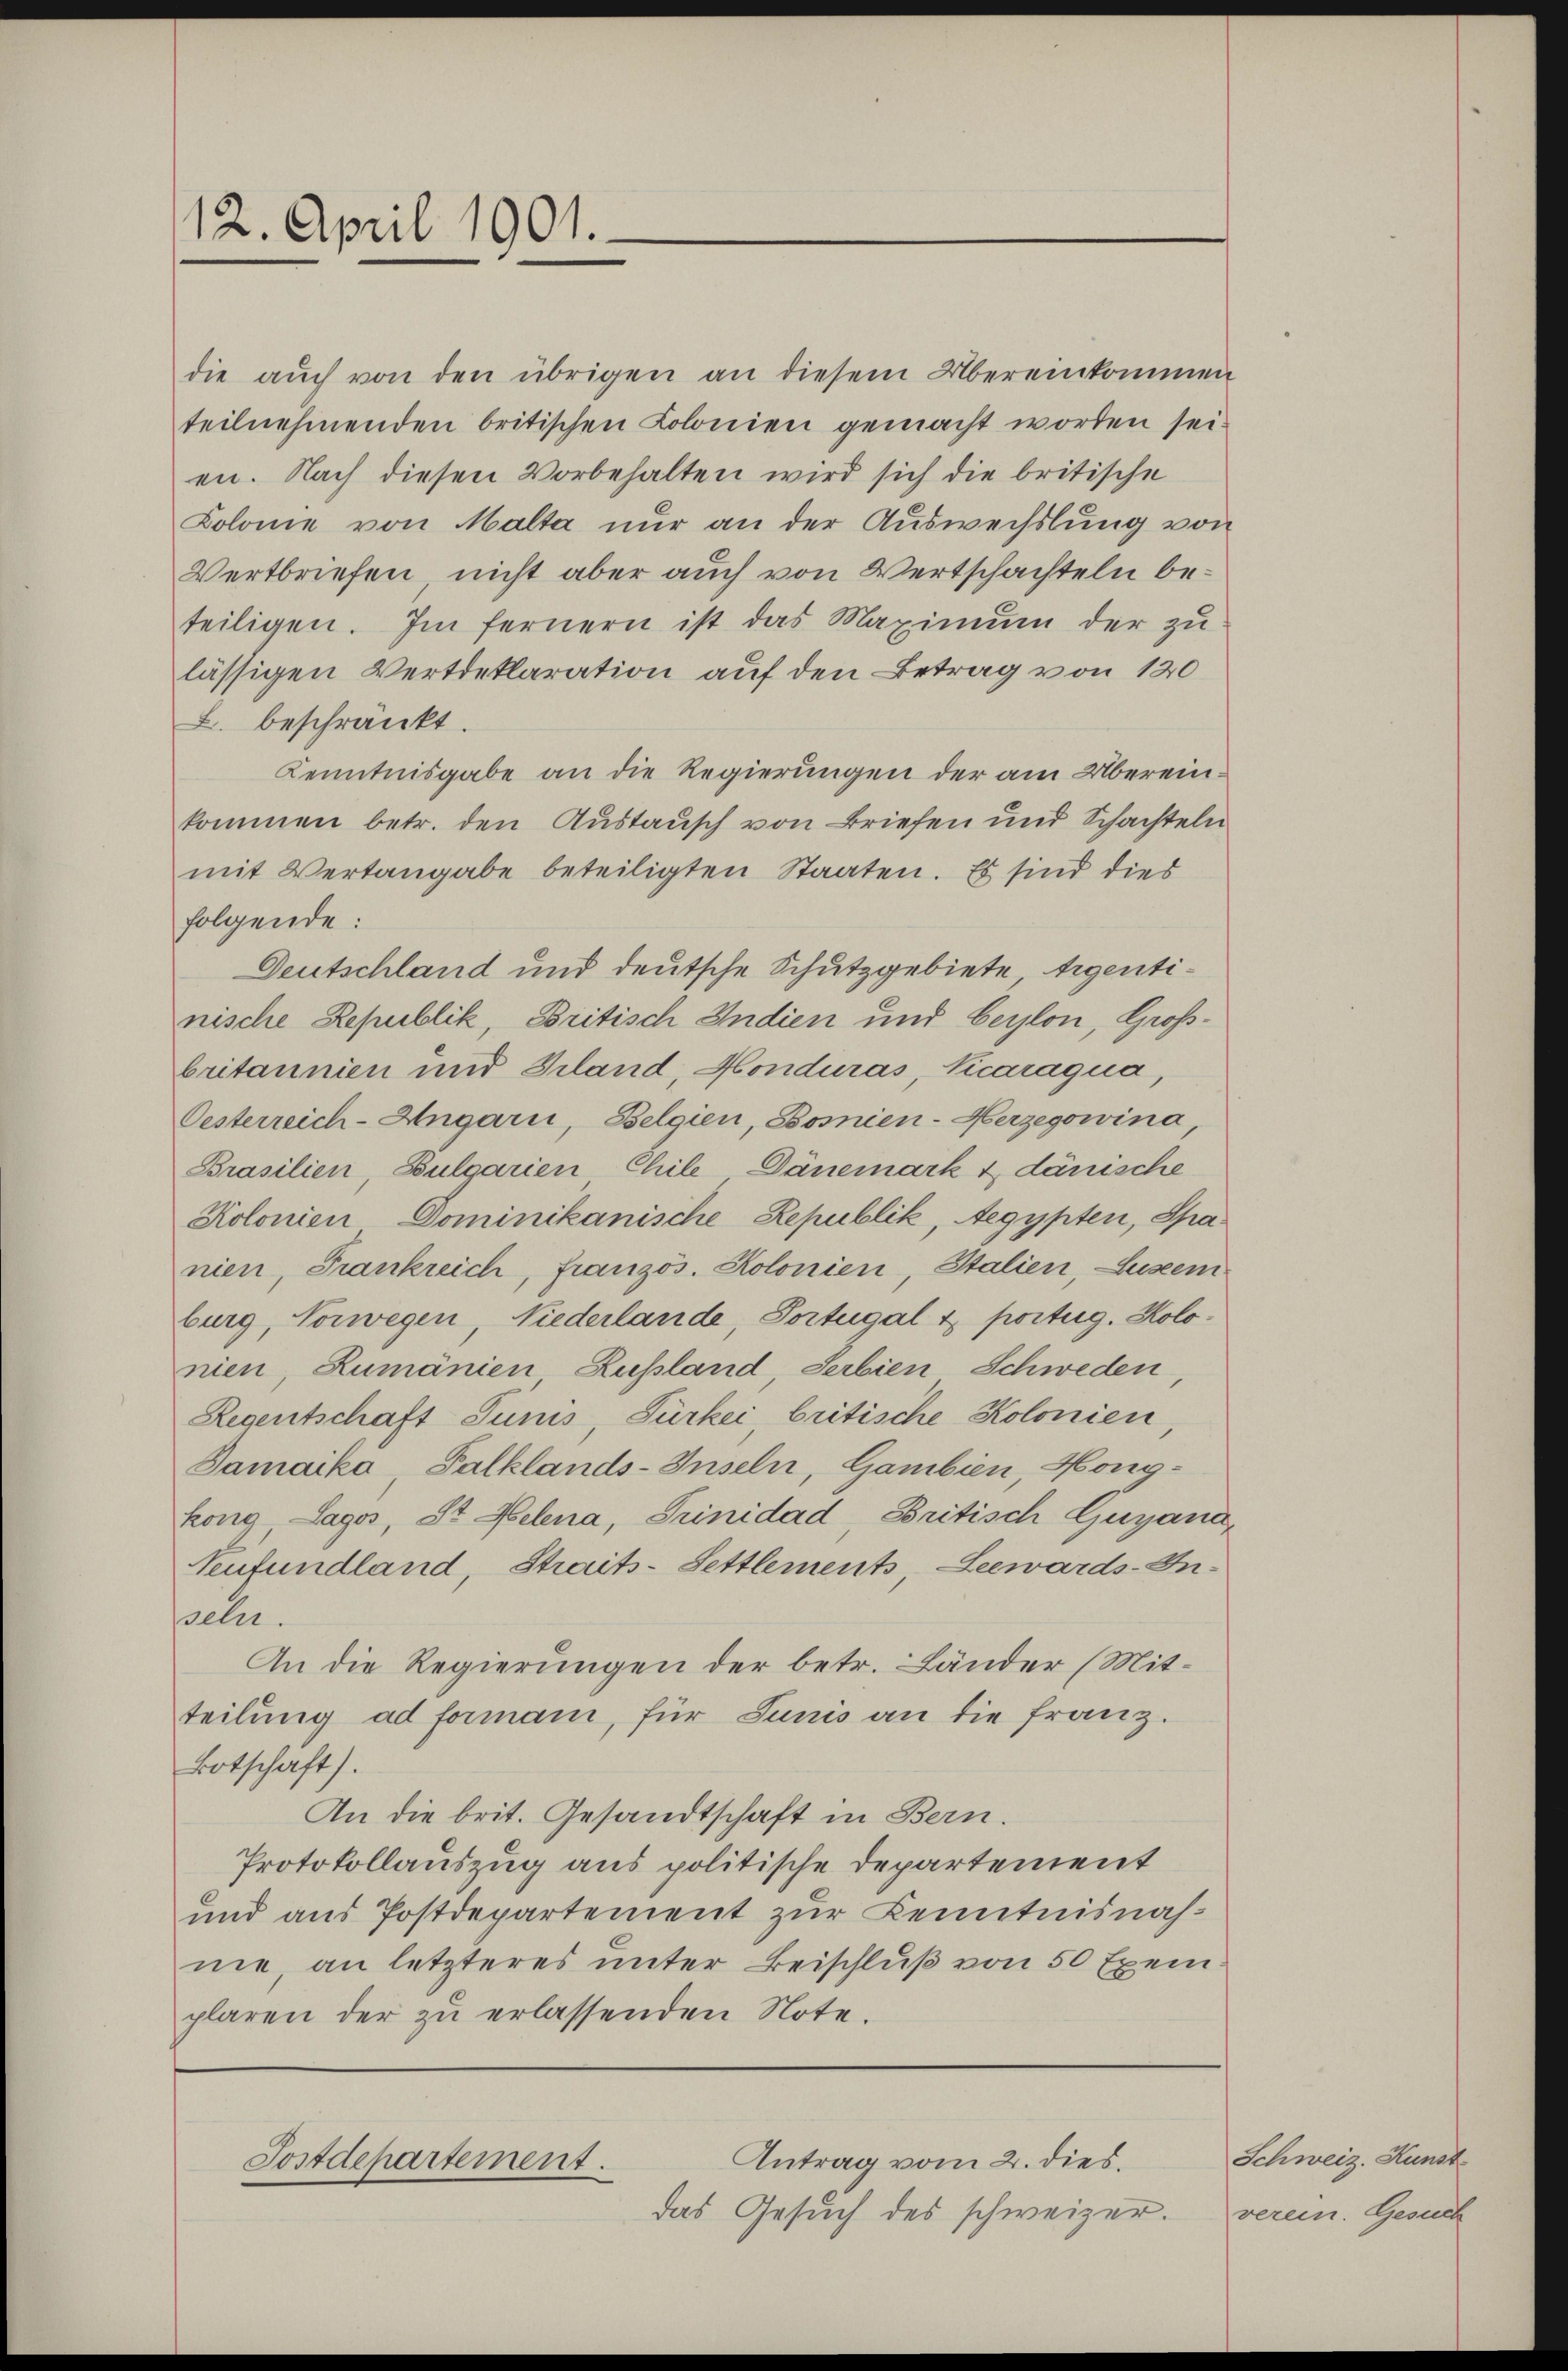
12. April 1901.

die aŭch von den übrigen an diesem Übereinkommen
teilnehmenden britischen Kolonien gemacht worden sei.
en. Nach diesen Vorbehalten wird sich die britische
Kolonie von Malta nur an der Auswechslung von
Vertbriefen, nicht aber auch von Wertschachteln beteiligen. Im fernern ist das Maximŭm der zŭ
lässigen Vertreklaration auf den Betrag von 120
B. beschränkt.
Kenntnisgabe an die Regierungen der am Übereinkommen betr. den Austausch von Briefen und Schachteln
mit Vertangabe beteiligten Staaten. Es sind dies
folgende:
Deutschland und deutsche Schutzgebiete tigentinische Republik, Britisch Indien und beylon, Großbritannien und Giland, Monduras, Vicaraqua,
Oesterreich-Ungarn, Belgien, Bosnien-Herzegowina
Brasilien, Bulgarien Chile, Dänemark & dänische
Kolonien Dominikanische Republik, Aegypten, Spa
nien, Frankreich, französ. Kolonien, Italien, Lustem
burg, Norwegen, Niederlande, Portugal & portig. Kolonien, Zumänien Russland, Serbien Schweden
Regentschaft Junis, Fürkei britische Kolonien,
Damaiko, Palklands-Inseln, Gambien, Honigkong, Lagos, St. Helena, Trinidad, Britisch Gugana,
Venfundland, Straits-Settlements, Leewards-In-
seln.
An die Regierungen der betr. Länder (Mitteilung ad formani, für Junis an die Franz.
Botschaft).
An die brit. Gesandtschaft in Bern.
Protokollauszug aus politische Departement
und aus Postdepartement zur Kenntnisnahne, an letzteres unter Beischluß von 50 Exem
plaren der zu erlassenden Note.

Antrag vom 2. dies.
Postdepartement.

das Gesuch des schweizer.

Schweiz. Kunst
verein. Gesuch